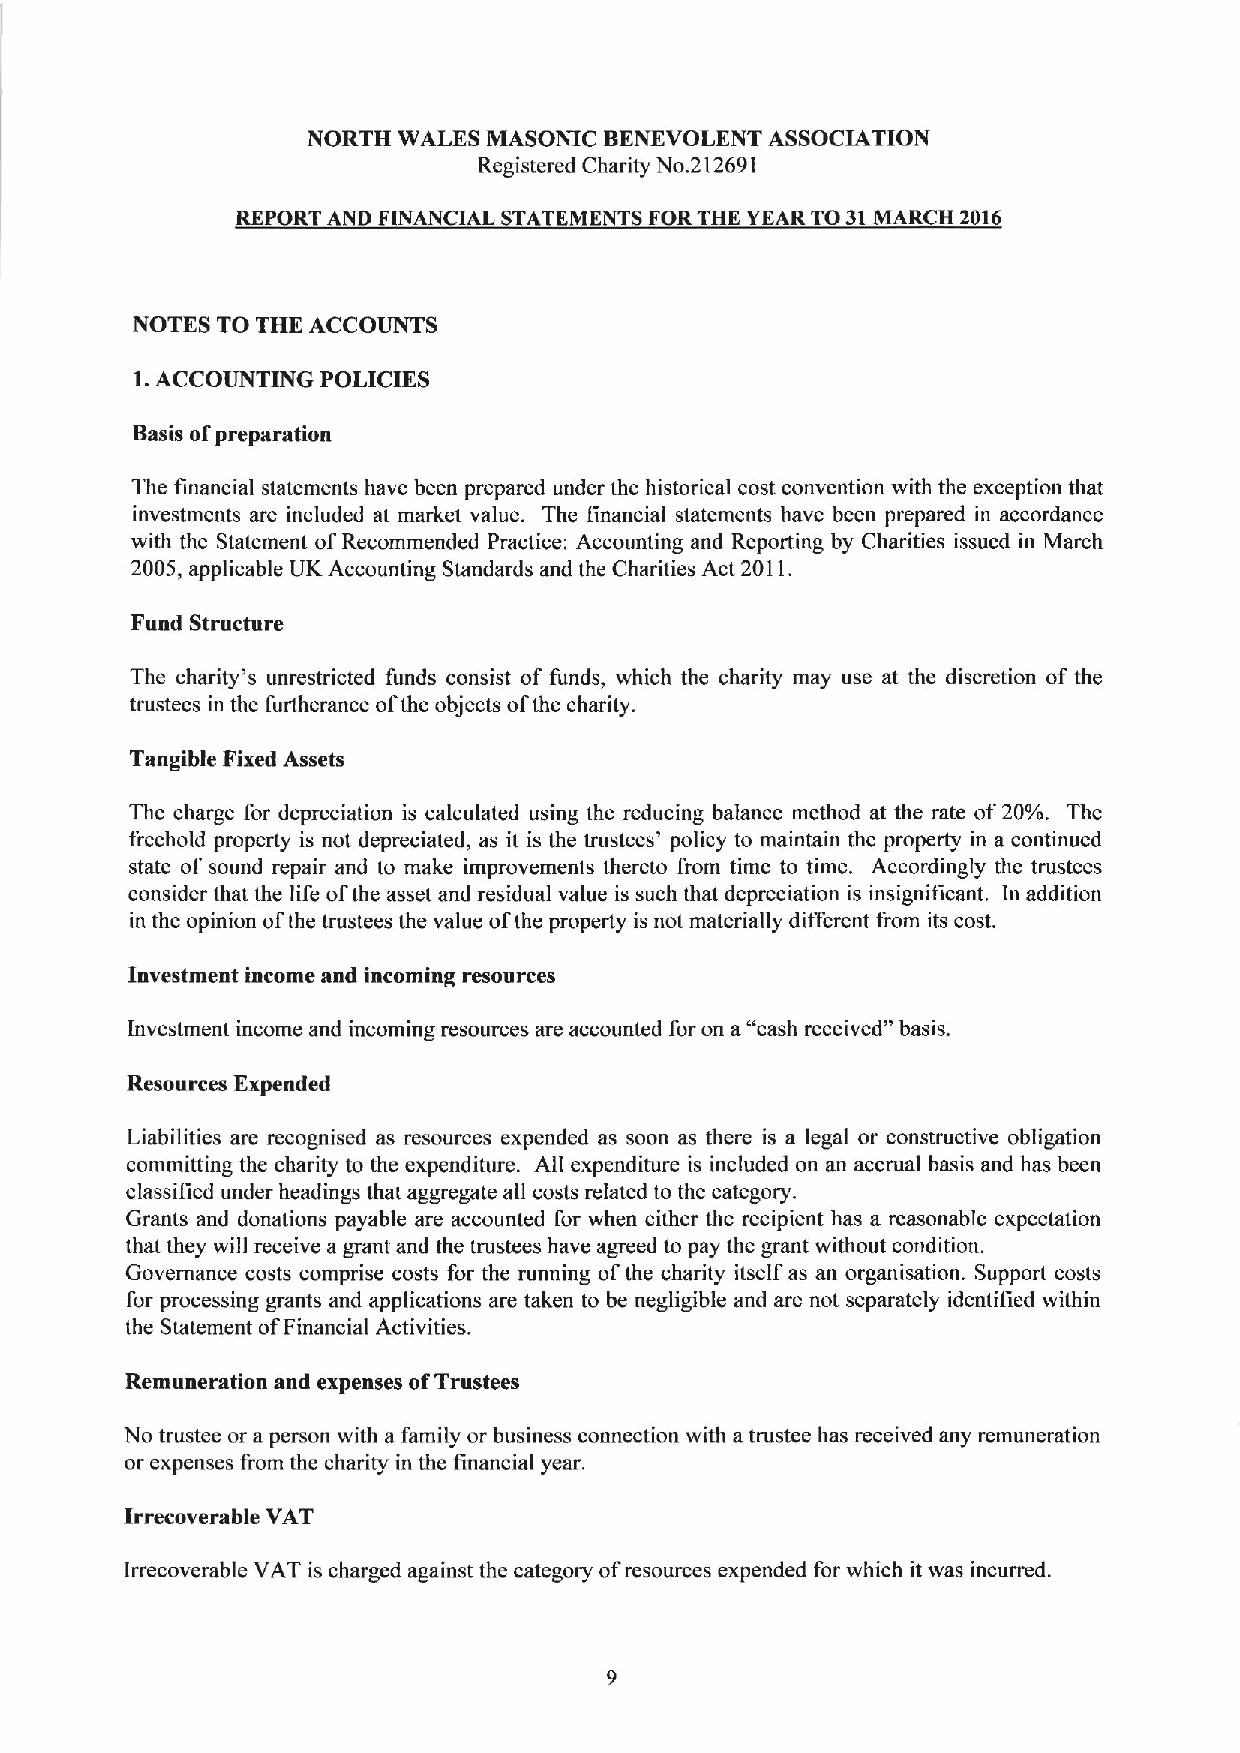
NORTH WALKS MASONIC BENEVOLENT ASSOCIATION
 Registered Charity No.212691
 REF RTAND F A IAL  ATEMEN  F RTHE YEAR TO31MARCH 2016
 NOTES TO THE ACCOUNTS
 1.ACCOUNTING POLICIES
 Basis ofpreparation
 The financial statements have been prepared under the historical cost convention with the exception that
 investments are included at market value. The financial statements have been prepared in accordance
 with the Statement ofRecommended Practice: Accounting and Reporting by Charities issued in March
 2005, applicable UK Accounting Standards and the Charities Act 2011.
 Fund Structure
 The charity's unrestricted funds consist of funds, which the charity may use at the discretion of the
 trustees in the furtherance ofthe objects ofthe charity.
 Tangible Fixed Assets
 The charge for depreciation is calculated using the reducing balance method at the rate of20%. The
 freehold property is not depreciated, as it is the trustees' policy to maintain the properly in a continued
 state of sound repair and to make improvements thereto from time to time. Accordingly the trustees
 consider that the life ofthe asset and residual value is such that depreciation is insignificant. In addition
 in the opinion ofthe nustees the value ofthe property is not materially different from its cost.
 Investment income and incoming resources
 Investment income and incoming resources are accounted for on a"cash received" basis.
 Resources Expended
 Liabilities are recognised as resources expended as soon as there is a legal or constructive obligation
 committing the charity to the expenditure. All expenditure is included on an accrual basis and has been
 classified under headings that aggregate all costs related to the category.
 Grants and donations payable are accounted for when either the recipient has a reasonable expectation
 that they will receive a grant and the trustees have agreed to pay the grant without condition.
 Governance costs comprise costs for the running ofthe charity itself as an organisation. Support costs
 for processing grants and applications are taken to be negligible and are not separately identified within
 the Statement ofFinancial Activities.
 Remuneration and expenses ofTrustees
 No trustee or a person with a family or business connection with atrustee has received any remuneration
 or expenses from the charity in the financial year.
 Irrecoverable VAT
 Irrecoverable VAT is charged against the category ofresources expended for which it was incurred.